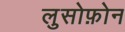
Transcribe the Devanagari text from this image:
लुसोफ़ोन